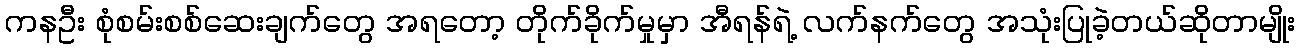
ကနဦး စုံစမ်းစစ်ဆေးချက်တွေ အရတော့ တိုက်ခိုက်မှုမှာ အီရန်ရဲ့ လက်နက်တွေ အသုံးပြုခဲ့တယ်ဆိုတာမျိုး